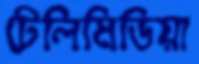
টেলিমিডিয়া